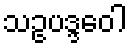
သဥပဒ္ဒဝေါ